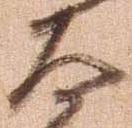
太